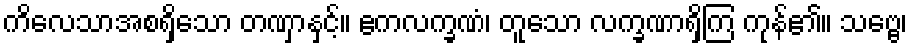
ကိလေသာအစရှိသော တဏှာနှင့်။ ဧကလက္ခဏံ၊ တူသော လက္ခဏာရှိကြ ကုန်၏။ သဗ္ဗေ၊